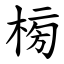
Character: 㮄